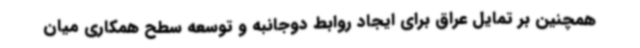
همچنین بر تمایل عراق برای ایجاد روابط دوجانبه و توسعه سطح همکاری میان